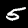
Label: 5